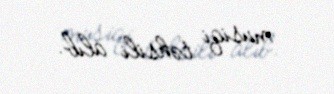
musiqi təhsili alıb.